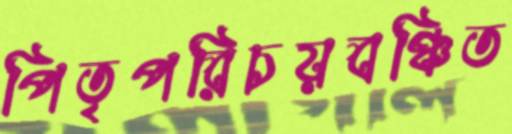
পিতৃপরিচয়বঞ্চিত